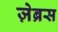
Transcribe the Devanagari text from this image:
ज़ेब्रस